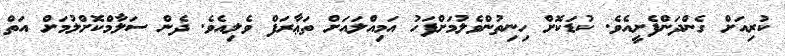
ކުރިއަށް ގެންދަންފެށީއެވެ. ކުޑަކޮށް ހިނިތުންވެލުމަށްފަހު އަމިއްލައަށް ތަޢާރަފް ވެލިއެވެ. ދެން ސަލާމްކޮށްލުމަށް އަތް